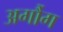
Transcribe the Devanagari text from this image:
अर्गौग